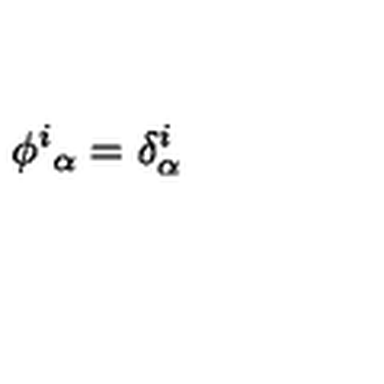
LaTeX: \phi ^ { i } { } _ { \alpha } = \delta _ { \alpha } ^ { i }